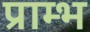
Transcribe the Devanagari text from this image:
प्राम्‍भ